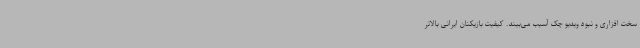
سخت افزاری و نبود ویدیو چک آسیب می‌بیند. کیفیت بازیکنان ایرانی بالاتر